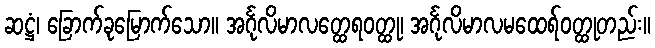
ဆဋ္ဌံ၊ ခြောက်ခုမြောက်သော။ အင်္ဂုလိမာလတ္ထေရဝတ္ထု၊ အင်္ဂုလိမာလမထေရ်ဝတ္ထုတည်း။